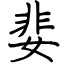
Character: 婓